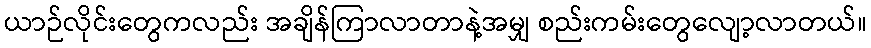
ယာဉ်လိုင်းတွေကလည်း အချိန်ကြာလာတာနဲ့အမျှ စည်းကမ်းတွေလျော့လာတယ်။